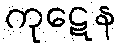
ကုဋေန